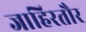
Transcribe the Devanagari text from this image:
जाहिरतौर